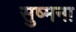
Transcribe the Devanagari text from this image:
सुष्मना